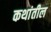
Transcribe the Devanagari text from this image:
कथांतील